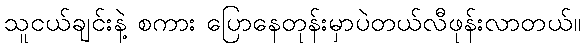
သူငယ်ချင်းနဲ့ စကား ပြောနေတုန်းမှာပဲတယ်လီဖုန်းလာတယ်။